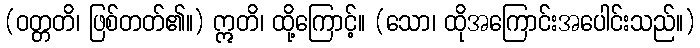
(ဝတ္တတိ၊ ဖြစ်တတ်၏။) ဣတိ၊ ထို့ကြောင့်။ (သော၊ ထိုအကြောင်းအပေါင်းသည်။)